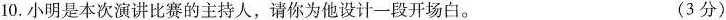
10.小明是本次演讲比赛的主持人，请你为他设计一段开场白。 (3分)